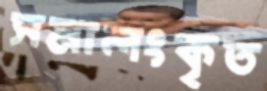
সমালংকৃত